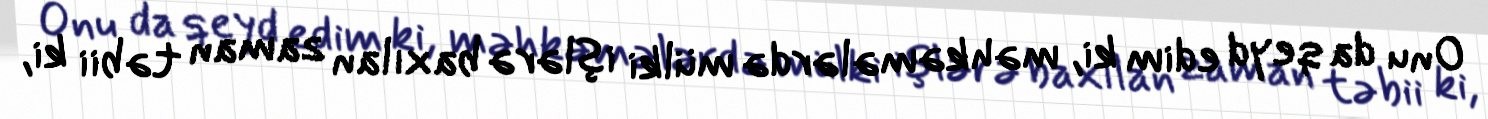
Onu da qeyd edim ki, məhkəmələrdə mülki işlərə baxılan zaman təbii ki,